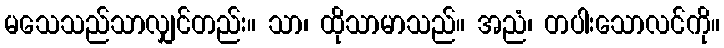
မသေသည်သာလျှင်တည်း။ သာ၊ ထိုသာမာသည်။ အညံ၊ တပါးသောလင်ကို။